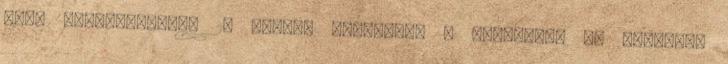
első résztvevőjét. 2. Miután létrejött a kapcsolat az elsővel,